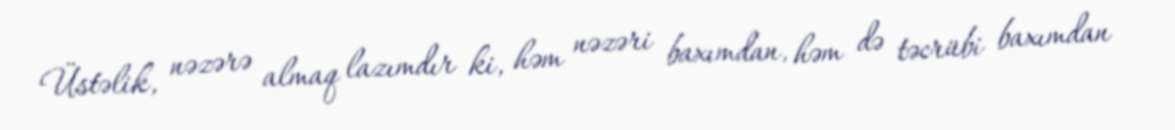
Üstəlik, nəzərə almaq lazımdır ki, həm nəzəri baxımdan, həm də təcrübi baxımdan